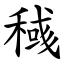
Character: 稶